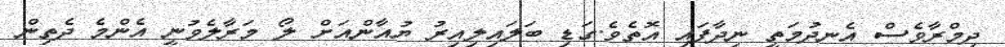
ދިމްރާވެސް އެނދުމަތީ ނިދާފައި އޮތެވެ.ގަޑި ބަލައިލިއިރު ޔުއާންއަށް ލޯ މަރާލެވުނީ އެންމެ ދެތިން